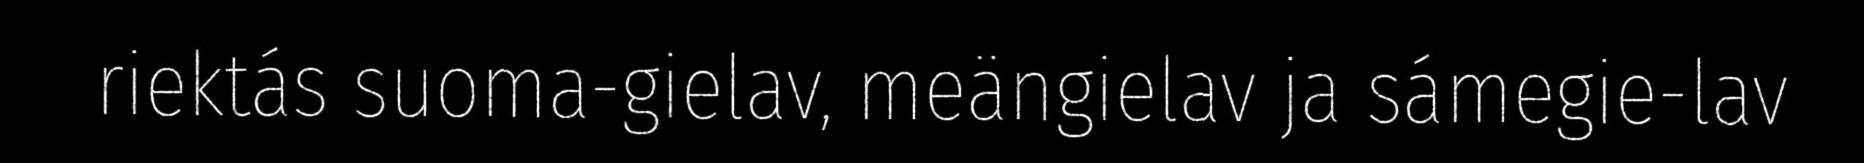
riektás suoma-gielav, meängielav ja sámegie-lav